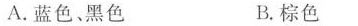
A.蓝色、黑色 B.棕色